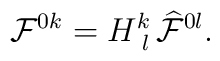
{\cal F}^{0k} = H^{k}_{\, \, l} \,{\cal \widehat{F}}^{0l}.